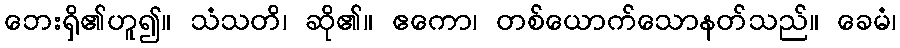
ဘေးရှိ၏ဟူ၍။ သံသတိ၊ ဆို၏။ ဧကော၊ တစ်ယောက်သောနတ်သည်။ ခေမံ၊